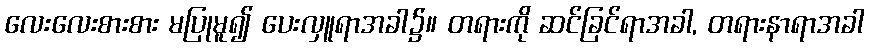
လေးလေးစားစား မပြုမူ၍ ပေးလှူရာအခါ၌။ တရားကို ဆင်ခြင်ရာအခါ, တရားနာရာအခါ